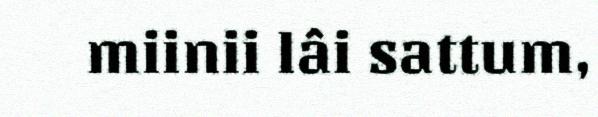
miinii lâi sattum,